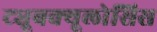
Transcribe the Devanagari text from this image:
ट्यूबक्यूलोसिस